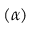
( \alpha )